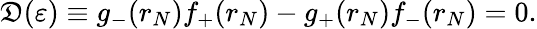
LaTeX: \mathfrak{D}(\varepsilon)\equiv g_{-}(r_{N})f_{+}(r_{N})-g_{+}(r_{N})f_{-}(r_{N})=0.